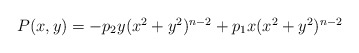
\begin{align*}\begin{array}{l}P(x,y)=-p_2y(x^2+y^2)^{n-2}+p_1x(x^2+y^2)^{n-2}\end{array}\end{align*}